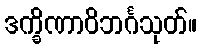
ဒက္ခိဏာဝိဘင်္ဂသုတ်။